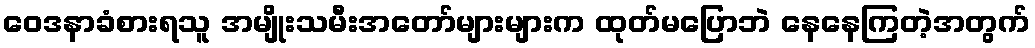
ဝေဒနာခံစားရသူ အမျိုးသမီးအတော်များများက ထုတ်မပြောဘဲ နေနေကြတဲ့အတွက်